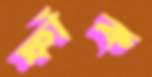
ফাঁক